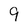
Character: 9